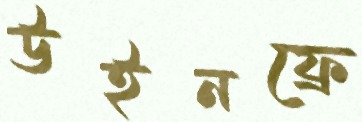
উইনফ্রে